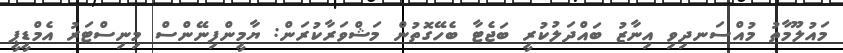
މައުލޫމާތު މުއްސަނދިވި އިނާޒު ބައްދަލުކުރީ ބަޖެޓާ ބެހޭގޮތުން މަޝްވަރާކުރަން: ޔާމީންފިނޭންސް މިނިސްޓަރު އެމްޑީޕީ